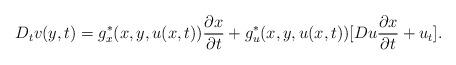
LaTeX: \begin{align*} D_tv(y,t) &= g^*_x(x,y,u(x,t))\frac{\partial x}{\partial t} + g^*_u(x,y,u(x,t))[Du\frac{\partial x}{\partial t} + u_t]. \end{align*}